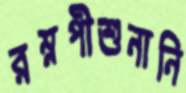
রম্নপীশুনানি